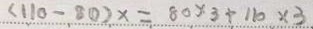
( 1 1 0 - 8 0 ) x = 8 0 \times 3 \div 1 1 0 \times 3